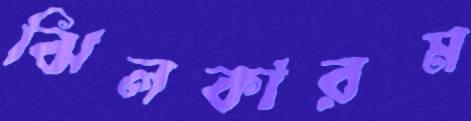
ঝিলকারম